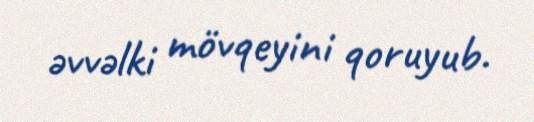
əvvəlki mövqeyini qoruyub.